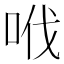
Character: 𠲎